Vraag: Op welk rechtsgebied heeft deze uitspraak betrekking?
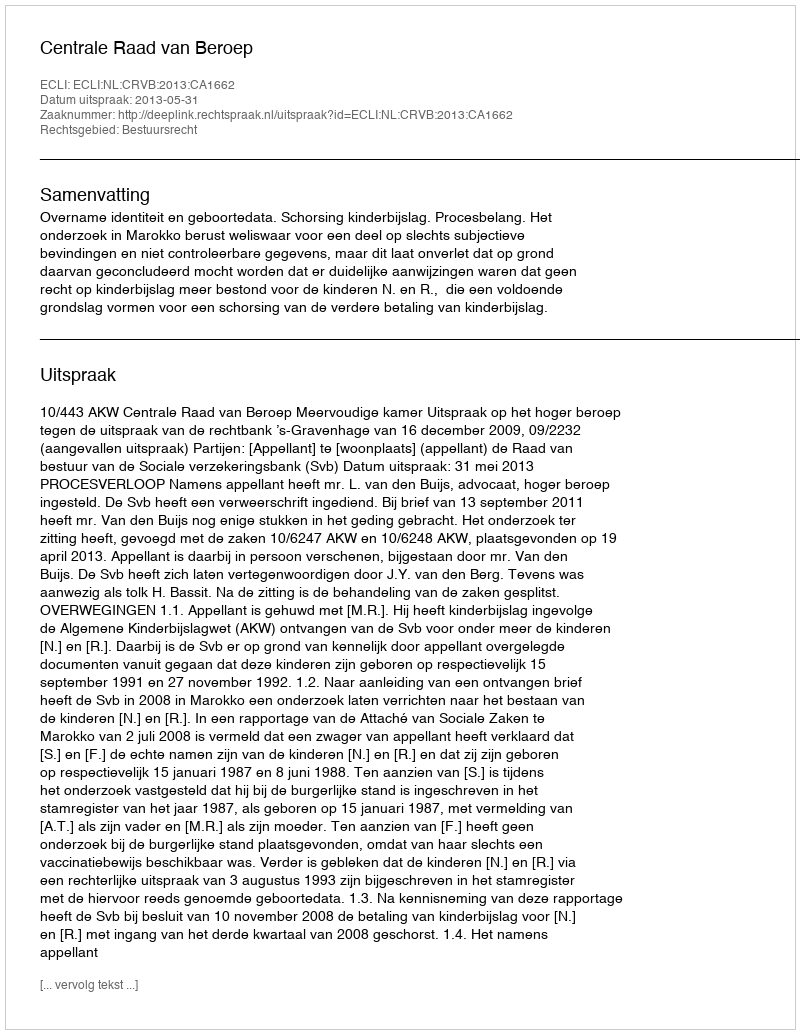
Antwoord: Bestuursrecht